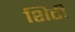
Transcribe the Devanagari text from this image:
शिटी